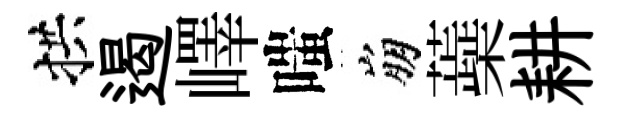
拱遏嶧嗤崩蘃耕